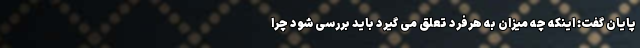
پایان گفت: اینکه چه میزان به هرفرد تعلق می گیرد باید بررسی شود چرا